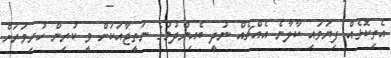
އެތިކޮޅެއް ފިޔަވައި ކާލާނެ އެއްޗެއް ނުދީ ބެއިންދުމުގެ ނަތީޖާއަކަށް ވީ ކުރިން ހުރިވަރަށް